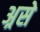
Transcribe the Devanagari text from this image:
अ्रसे